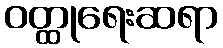
ဝတ္ထုရေးဆရာ